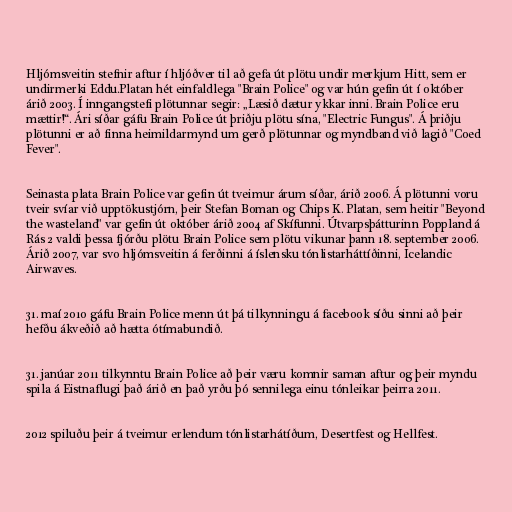
Hljómsveitin stefnir aftur í hljóðver til að gefa út plötu undir merkjum Hitt, sem er
undirmerki Eddu.Platan hét einfaldlega "Brain Police" og var hún gefin út í október
árið 2003. Í inngangstefi plötunnar segir: „Læsið dætur ykkar inni. Brain Police eru
mættir!“. Ári síðar gáfu Brain Police út þriðju plötu sína, "Electric Fungus". Á þriðju
plötunni er að finna heimildarmynd um gerð plötunnar og myndband við lagið "Coed
Fever".

Seinasta plata Brain Police var gefin út tveimur árum síðar, árið 2006. Á plötunni voru
tveir svíar við upptökustjórn, þeir Stefan Boman og Chips K. Platan, sem heitir "Beyond
the wasteland" var gefin út október árið 2004 af Skífunni. Útvarpsþátturinn Poppland á
Rás 2 valdi þessa fjórðu plötu Brain Police sem plötu vikunar þann 18. september 2006.
Árið 2007, var svo hljómsveitin á ferðinni á íslensku tónlistarháttíðinni, Icelandic
Airwaves.

31. maí 2010 gáfu Brain Police menn út þá tilkynningu á facebook síðu sinni að þeir
hefðu ákveðið að hætta ótímabundið.

31. janúar 2011 tilkynntu Brain Police að þeir væru komnir saman aftur og þeir myndu
spila á Eistnaflugi það árið en það yrðu þó sennilega einu tónleikar þeirra 2011.

2012 spiluðu þeir á tveimur erlendum tónlistarhátíðum, Desertfest og Hellfest.